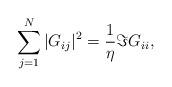
LaTeX: \begin{align*} \sum_{j=1}^N |G_{ij}|^2=\frac{1}{\eta} \Im G_{ii},\end{align*}